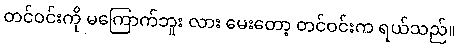
တင်ဝင်းကို မကြောက်ဘူး လား မေးတော့ တင်ဝင်းက ရယ်သည်။